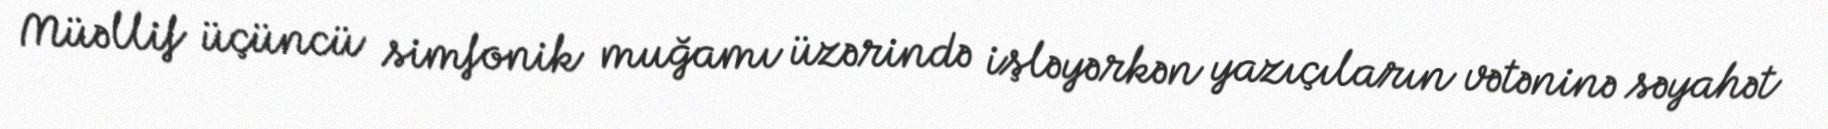
Müəllif üçüncü simfonik muğamı üzərində işləyərkən yazıçıların vətəninə səyahət